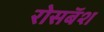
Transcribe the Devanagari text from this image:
रोसबॅश